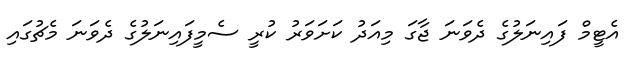
އެޓީމް ފައިނަލުގެ ދެވަނަ ޖާގަ މިއަދު ކަށަވަރު ކުރީ ސެމީފައިނަލުގެ ދެވަނަ މެޗުގައި